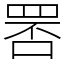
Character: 𦊾